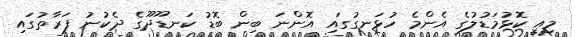
މިއީ ކޮޅުމަޑުލުގެ އެންމެ ހުޅަނގުގައި އޮންނަ ބިން ބޮޑު ކަނޑޫދޫގެ ދެކުނު ފަރާތުގައި